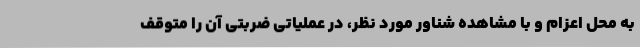
به محل اعزام و با مشاهده شناور مورد نظر، در عملیاتی ضربتی آن را متوقف